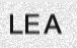
LEA